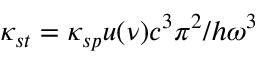
\kappa _ { s t } = \kappa _ { s p } u ( \nu ) c ^ { 3 } \pi ^ { 2 } / h \omega ^ { 3 }